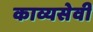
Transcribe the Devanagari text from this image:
काव्यसेवी